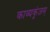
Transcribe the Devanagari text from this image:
काव्यकुंजम्